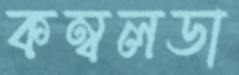
কম্বলডা